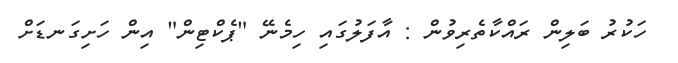
ހަކުރު ބަލިން ރައްކާތެރިވުން : އާފަލުގައި ހިމެނޭ "ޕެކްޓިން" އިން ހަށިގަނޑަށް